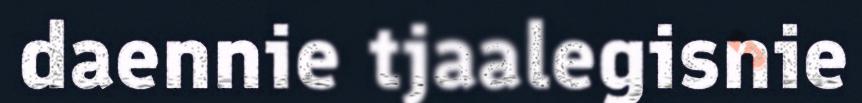
daennie tjaalegisnie